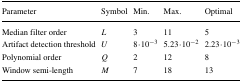
| Parameter | Symbol | Min. | Max. | Optimal |
 | --- | --- | --- | --- | --- |
 | Median filter order | L | 3 | 11 | 5 |
 | Artifact detection threshold | U | 8 ⋅ 10− 3 | 5.23 ⋅ 10− 2 | 2.23 ⋅ 10− 3 |
 | Polynomial order | Q | 2 | 12 | 8 |
 | Window semi-length | M | 7 | 18 | 13 |